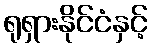
ရုရှားနိုင်ငံနှင့်